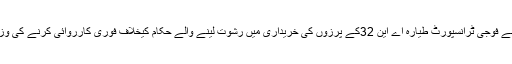
ادھرکانگریس کے صدر راہول گاندھی نے فوجی ٹرانسپورٹ طیارہ اے این 32کے پرزوں کی خریداری میں رشوت لینے والے حکام کیخلاف فوری کارروائی کرنے کی وزیر اعظم مودی سے درخواست کی ہے ۔